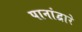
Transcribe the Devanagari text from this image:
पानांद्वारे